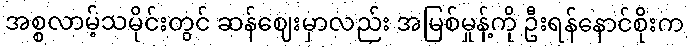
အစ္စလာမ့်သမိုင်းတွင် ဆန်ဈေးမှာလည်း အမြစ်မှုန့်ကို ဦးရန်နောင်စိုးက